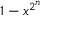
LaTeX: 1 - x ^ { 2 ^ { n } }